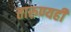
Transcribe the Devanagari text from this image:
तारुण्यही